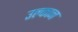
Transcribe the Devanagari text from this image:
उल्कान